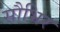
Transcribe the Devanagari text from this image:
सौभिर